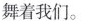
舞着我们。